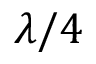
\lambda / 4